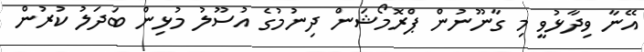
އޭނާ ވިދާޅުވީ މި ގާނޫނުން ޕްރޮމޯޝަން ދިނުމުގެ އުސޫލު މުޅިން ބަދަލު ކުރުން